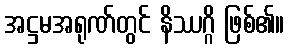
အဋ္ဌမအရုဏ်တွင် နိဿဂ္ဂိ ဖြစ်၏။